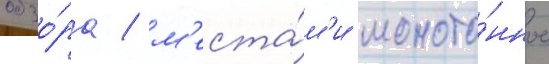
обзо́ра / м'еста́м'и моното́нное